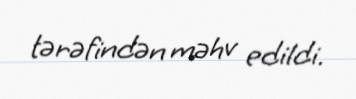
tərəfindən məhv edildi.